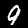
Digit: 9